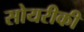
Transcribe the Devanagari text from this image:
सोयरीकी